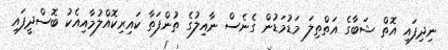
ނިދިފައި އޮތް ޝަބާގެ އަތްތިލަ މަޑުމަޑުން ގެނެސް ނާއިލުގެ ތުންފަތާ ކައިރިކޮއްލުމާއިއެކު ބޮސްދީފައި